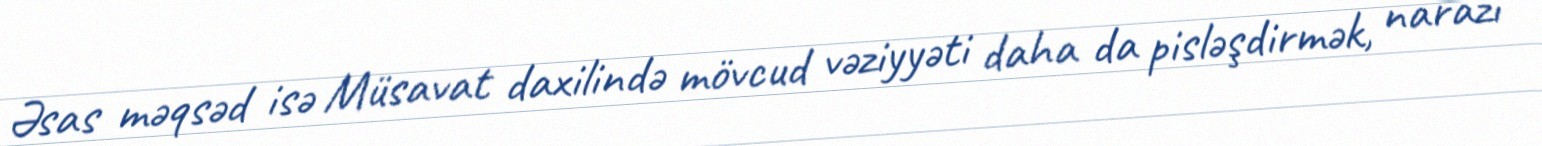
Əsas məqsəd isə Müsavat daxilində mövcud vəziyyəti daha da pisləşdirmək, narazı